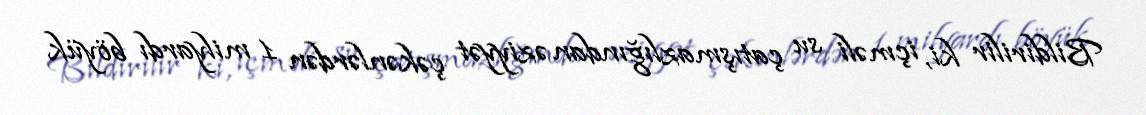
Bildirilir ki, içməli su çatışmazlığından əziyyət çəkənlərdən 1 milyardı böyük